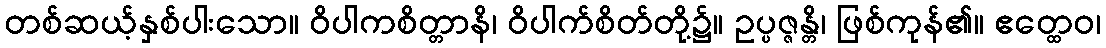
တစ်ဆယ့်နှစ်ပါးသော။ ဝိပါကစိတ္တာနိ၊ ဝိပါက်စိတ်တို့၌။ ဥပ္ပဇ္ဇန္တိ၊ ဖြစ်ကုန်၏။ ဧတ္ထေဝ၊